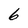
Character: 6